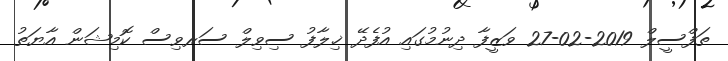
ތަފްސީލް 2019-02-27 ވަޒީފާ ދިނުމުގައި އުފެދޭ ޚިލާފު ސިވިލް ސަރވިސް ކޮމިޝަން އާޔަތު